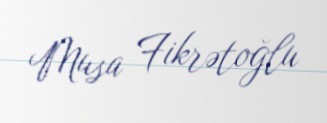
Musa Fikrətoğlu